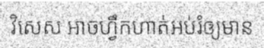
វិសេស អាចហ្វឹកហាត់អប់រំឲ្យមាន